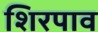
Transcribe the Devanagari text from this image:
शिरपाव